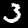
Label: 3